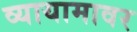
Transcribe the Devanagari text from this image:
व्यायामावर